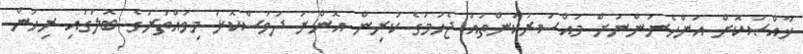
ޚާއްޞަކޮށް އަންހެނުންނަށް މައްސަރުކަންތައް ޖެހުމުގެ ކުރިން އޮންނަ ދުވަސްކޮޅު މިވައްތަރުގެ ބޮލުގައި ރިހުން